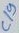
Text: C19